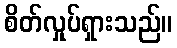
စိတ်လှုပ်ရှားသည်။